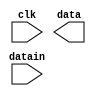
	/*********************** ENCODER MODULE **********************

	* Receives data in sync with a clock, calculates the parity of 
	* it and sends the data to the decoder module...

	*************************************************************/

	module encoder(
		input datain,clk,
		output data);
	reg dataout[15:0];
	reg[3:0] addr;
	wire w1;

	initial
	begin
		// initialise variables to known state
		addr <= 4'h0;
		dataout[4'hf] <= 0;
	end

	always@ (posedge clk)
	begin
		// store received data and increment the address
		dataout[addr] = datain;
		addr = addr + 1;
	end

	// calculate parity and assign to w1
	xor g1(w1,datain,dataout[15]);

	always@ (posedge clk)
	begin
		// store calculated parity in a register(at location 0xf)
		dataout[4'hf] = w1;
	end

	endmodule